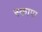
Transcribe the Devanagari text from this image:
स्कापा